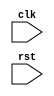
module behavioral_modeling_block (
    input wire clk,
    input wire rst,
    // Add your other module ports here
    
    // Add your internal signals and registers here
    
);

always @(posedge clk or negedge rst) begin
    if (rst == 1'b0) begin
        // Reset behavior
    end else begin
        // Clock edge behavior
    end
end

// Add the rest of your Verilog module code here

endmodule